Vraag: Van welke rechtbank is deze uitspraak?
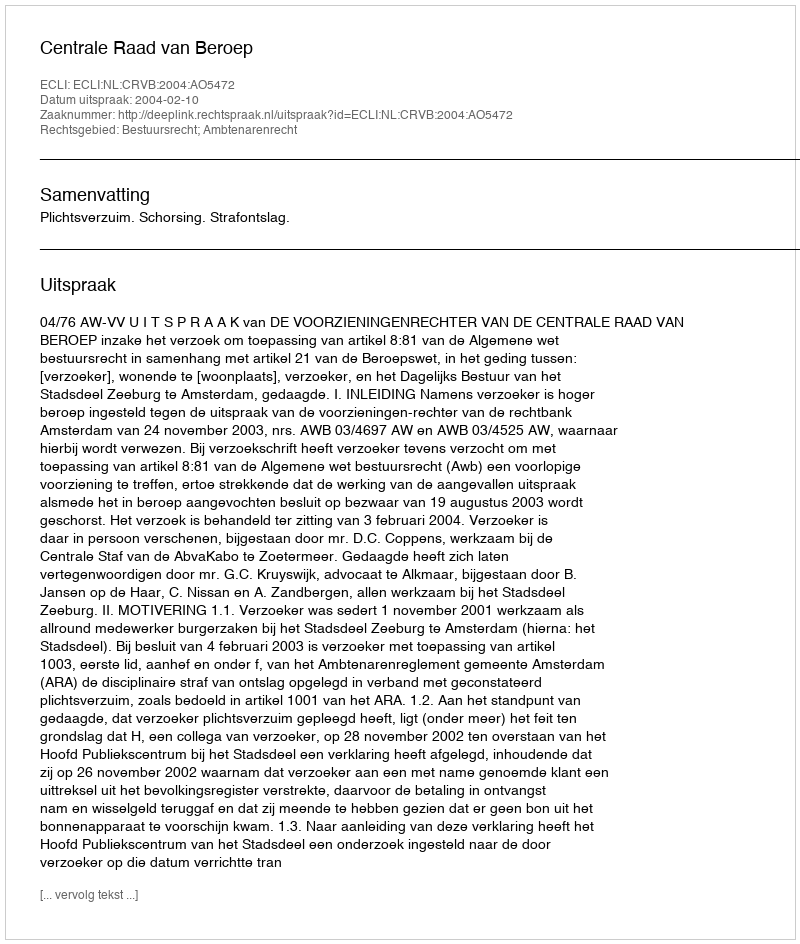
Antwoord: Centrale Raad van Beroep